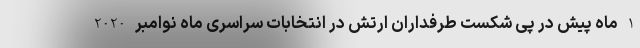
1 ماه پیش در پی شکست طرفداران ارتش در انتخابات سراسری ماه نوامبر 2020